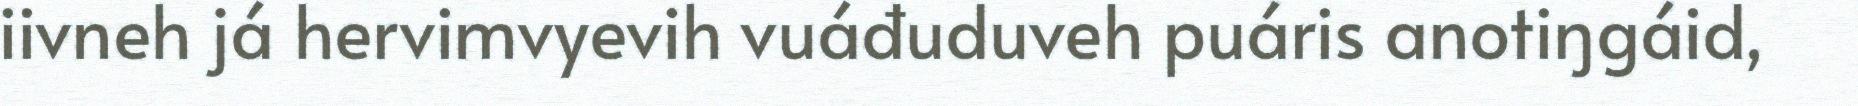
iivneh já hervimvyevih vuáđuduveh puáris anotiŋgáid,